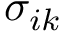
\sigma _ { i k }